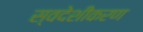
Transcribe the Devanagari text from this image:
स्वदेशीकरण